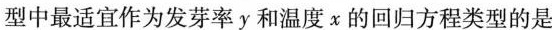
型中最适宜作为发芽率y和温度x的回归方程类型的是